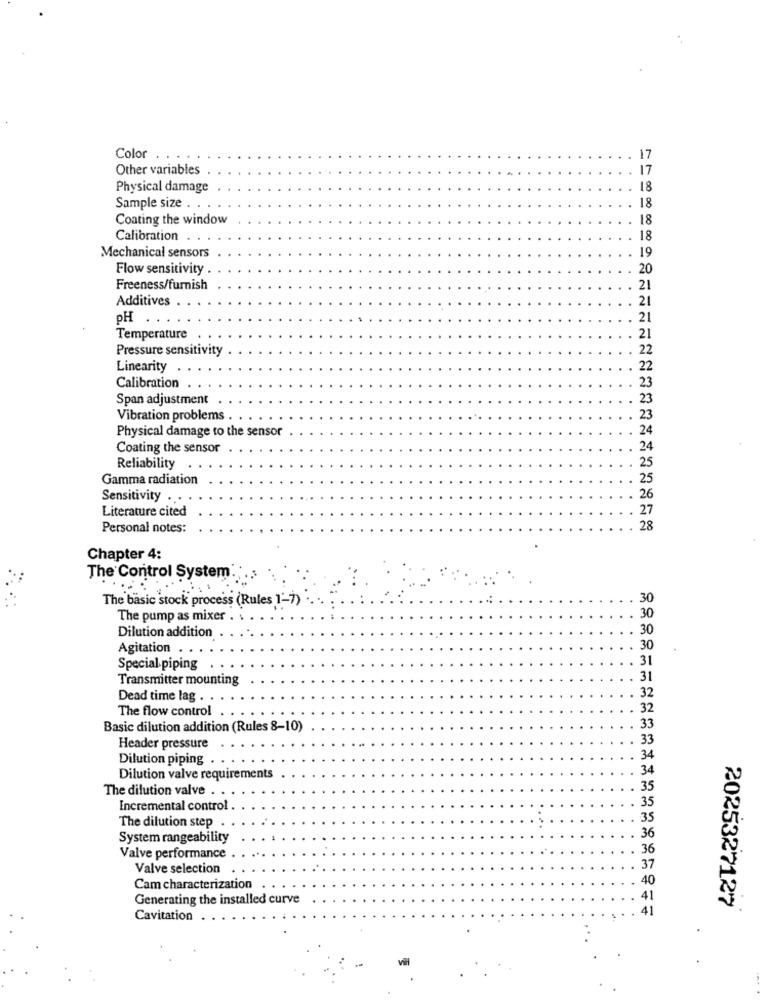
Color
17
Other variables
17
Physical damage
18
Sample size . ..
18
Coating the window
18
Calibration
18
19
Mechanical sensors
Flow sensitivity
20
Freeness/furnish
21
Additives
21
OH
21
Temperature
21
Pressure sensitivity
22
Linearity
22
Calibration
23
Span adjustment
23
Vibration problems .
23
Physical damage to the sensor
24
Coating the sensor
24
25
Reliability
Gamma radiation
25
Sensitivity ...
26
Literature cited
27
Personal notes:
28
Chapter 4:
The Control System ....
The basic stock process (Rules 1-7)
30
The pump as mixer .
30
30
Dilution addition
Agitation
30
31
Special piping
Transmitter mounting
31
32
Dead time lag .
The flow control
32
33
Basic dilution addition (Rules 8-10)
33
Header pressure
Dilution piping . .
34
34
Dilution valve requirements
The dilution valve . .
35
Incremental control
The dilution step
System rangeability
36
36
Valve performance
Valve selection
37
40
Cam characterization
Generating the installed curve
2025327127
Cavitation
vill